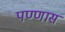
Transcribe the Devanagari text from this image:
पण्णास